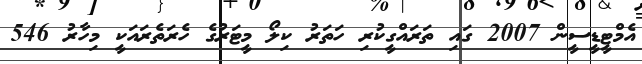
އެމްޓީޑީސީން 2007 ގައި ތަރައްގީކުރި ހަތަރު ކިލޯ މީޓަރުގެ ހެރަތެރައަކީ މިހާރު 546